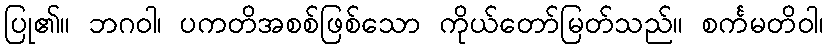
ပြု၏။ ဘဂဝါ၊ ပကတိအစစ်ဖြစ်သော ကိုယ်တော်မြတ်သည်။ စင်္ကမတိဝါ၊